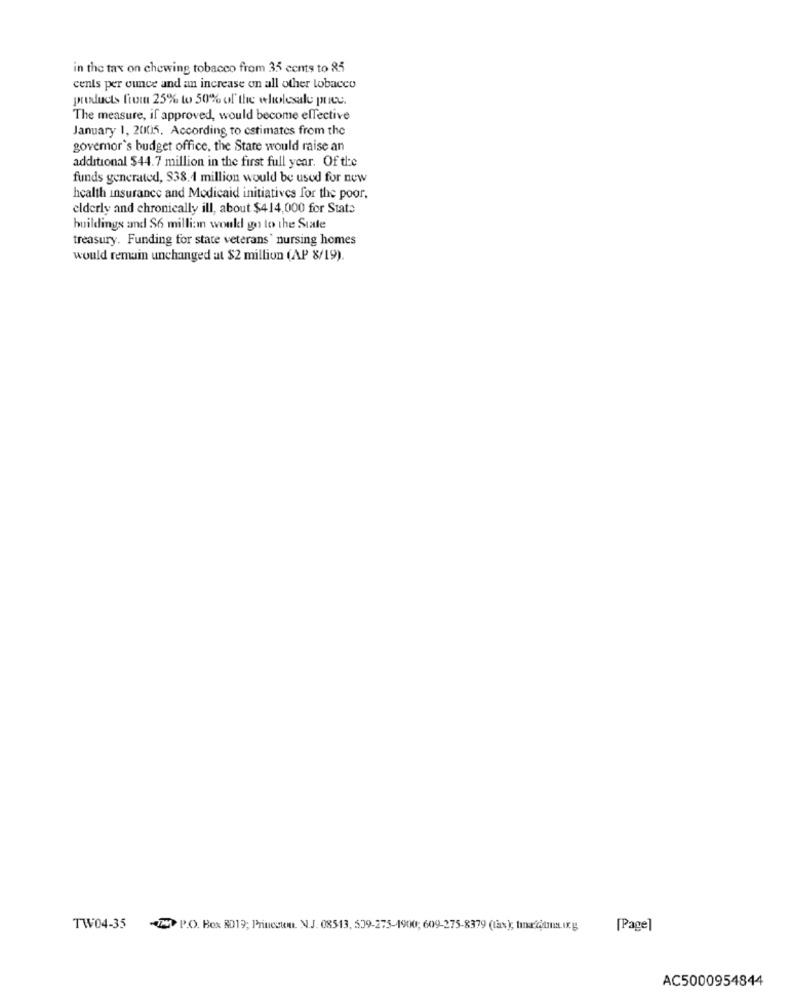
in the tax on chewing tobacco from 35 cents to 85
cents per ounce and an increase on all other tobacco
products from 25% to 50% of the wholesale price.
The measure, if approved, would become effective
January 1, 2005. According to estimates from the
governor's budget office, the Stare would raise an
additional $44.7 million in the first full year. Of the
funds generated, $38.4 million would be used for new
health insurance and Medicaid initiatives for the poor,
elderly and chronically ill, about $414,000 for Stato
buildings and $6 millian would go to the State
treasury. Funding for state veterans ' nursing homes
would remain unchanged at $2 million (AP 8/19).
TW04-35
- P.O. Box RD19; Priuesum. N.J. 08513, 509-275-1900; 609-275-8379 (tax); tina/@tmn ung
[Page]
AC5000954844